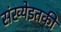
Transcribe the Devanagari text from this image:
संख्येइतकी